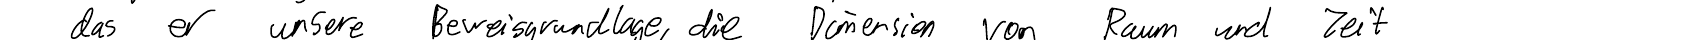
das er unsere Beweisgrundlage, die Dimension von Raum und Zeit